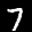
Label: 7